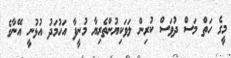
މީގެ ހަތް މަސް ދުވަސް ކުރިން ލަވަކިޔުންތެރިޔާ މުނީފާ އަހުމަދު އުޅުނީ އޭނާގެ